system: You are a helpful assistant.
user:
Analyze the provided spectrum to determine if it is a **Carbon Star (C-type)**.

- **Key Visual Indicators of Carbon Star:**
    - **(Primary):** Strong molecular absorption from **C₂ (diatomic carbon) "Swan Bands."** This is the **defining feature** of a carbon star.
        - **(Key Bandheads):** Sharp absorption edges are visible at approximately $5635$ Å, $5165$ Å (the strongest band), and $4737$ Å.
        - **(Line Profile):** Creates a distinct **"saw-tooth"** pattern. The key morphology is a sharp, steep bandhead on the **red (long-wavelength) side**, which then gradually tapers off (i.e., flux recovers) towards the **blue (short-wavelength) side**. *(This is the direct opposite of the TiO bands seen in M-type stars)*.

    - **(Secondary):** Intense **CN (cyanogen)** molecular absorption bands.
        - **(Key Bandheads):** Located in the blue and violet regions of the spectrum (e.g., near $4215$ Å and $3883$ Å).
        - **(Morphology):** These bands are extremely broad and act as a "blanket," absorbing the vast majority of blue and violet light. This creates a characteristic **"cliff"** or **"steep drop-off"** in the spectrum's flux at short wavelengths.

    - **(Key Confirmation):** Strong **CH absorption band (G-band)**.
        - **(Key Bandhead):** Located around $4300$ Å. The contribution from CH molecules to this band is exceptionally strong.

    - **(Overall Spectrum):**
        - The continuum is severely "chopped up" by these deep molecular bands, especially C₂, rather than appearing as a smooth curve.
        - Due to the heavy CN and C₂ absorption in the blue-green, the vast majority of the star's flux is concentrated in the red part of the spectrum, giving the star its characteristic deep red color.

Think first, call **spectral_visualization_tool** if needed to examine features in detail, then provide your final answer. Your response must adhere to the following strict rules:
1.  **Overall Structure:** Your response must follow the format `<think>...</think> <tool_call>...</tool_call> (if a tool is used) <answer>...</answer>`.
2.  **Tool Usage Constraint:** You may only make **one** tool call per turn.
3.  **Final Answer Format:** In the `<answer>` tag, your conclusion must be inside a `\boxed{}` command (e.g., `\boxed{YES}`), followed by your justification.

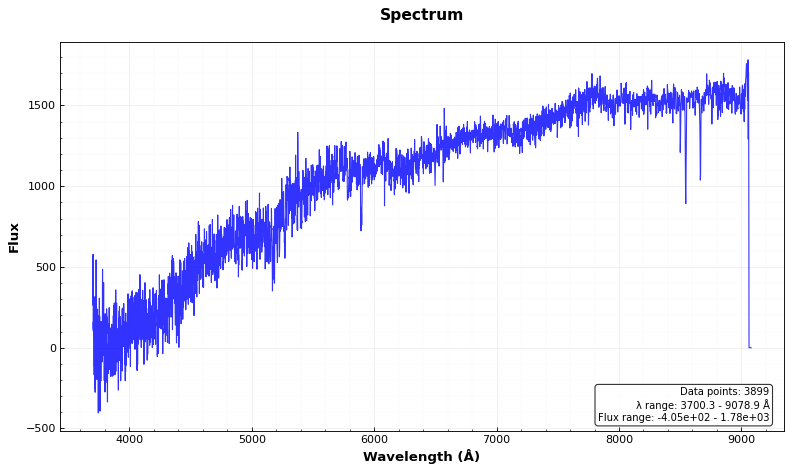
Answer: NO